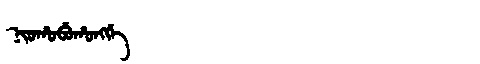
Manchu: ᠨᡳᠣᡥᠣᠪᡠᡥᠣᠩᡤᡝ
Romanization: NIOHOBUHONGGE